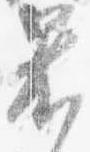
着